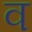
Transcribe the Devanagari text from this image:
व